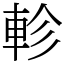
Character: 軫